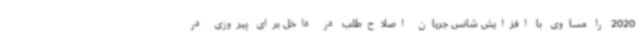
2020 را مساوی با افزایش شانس جریان اصلاح‌طلب در داخل برای پیروزی در